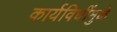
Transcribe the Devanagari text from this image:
कार्यविधींमुळे